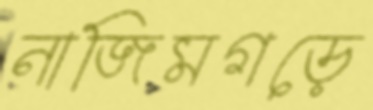
নাজিমগড়ে